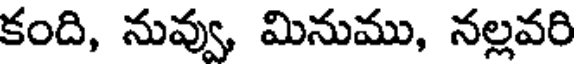
కంది, నువ్వు, మినుము, నల్లవరి